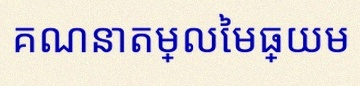
គណនាតម្លៃមធ្យម